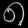
Digit: ၈